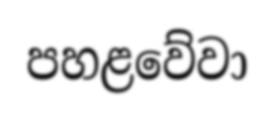
පහළවේවා